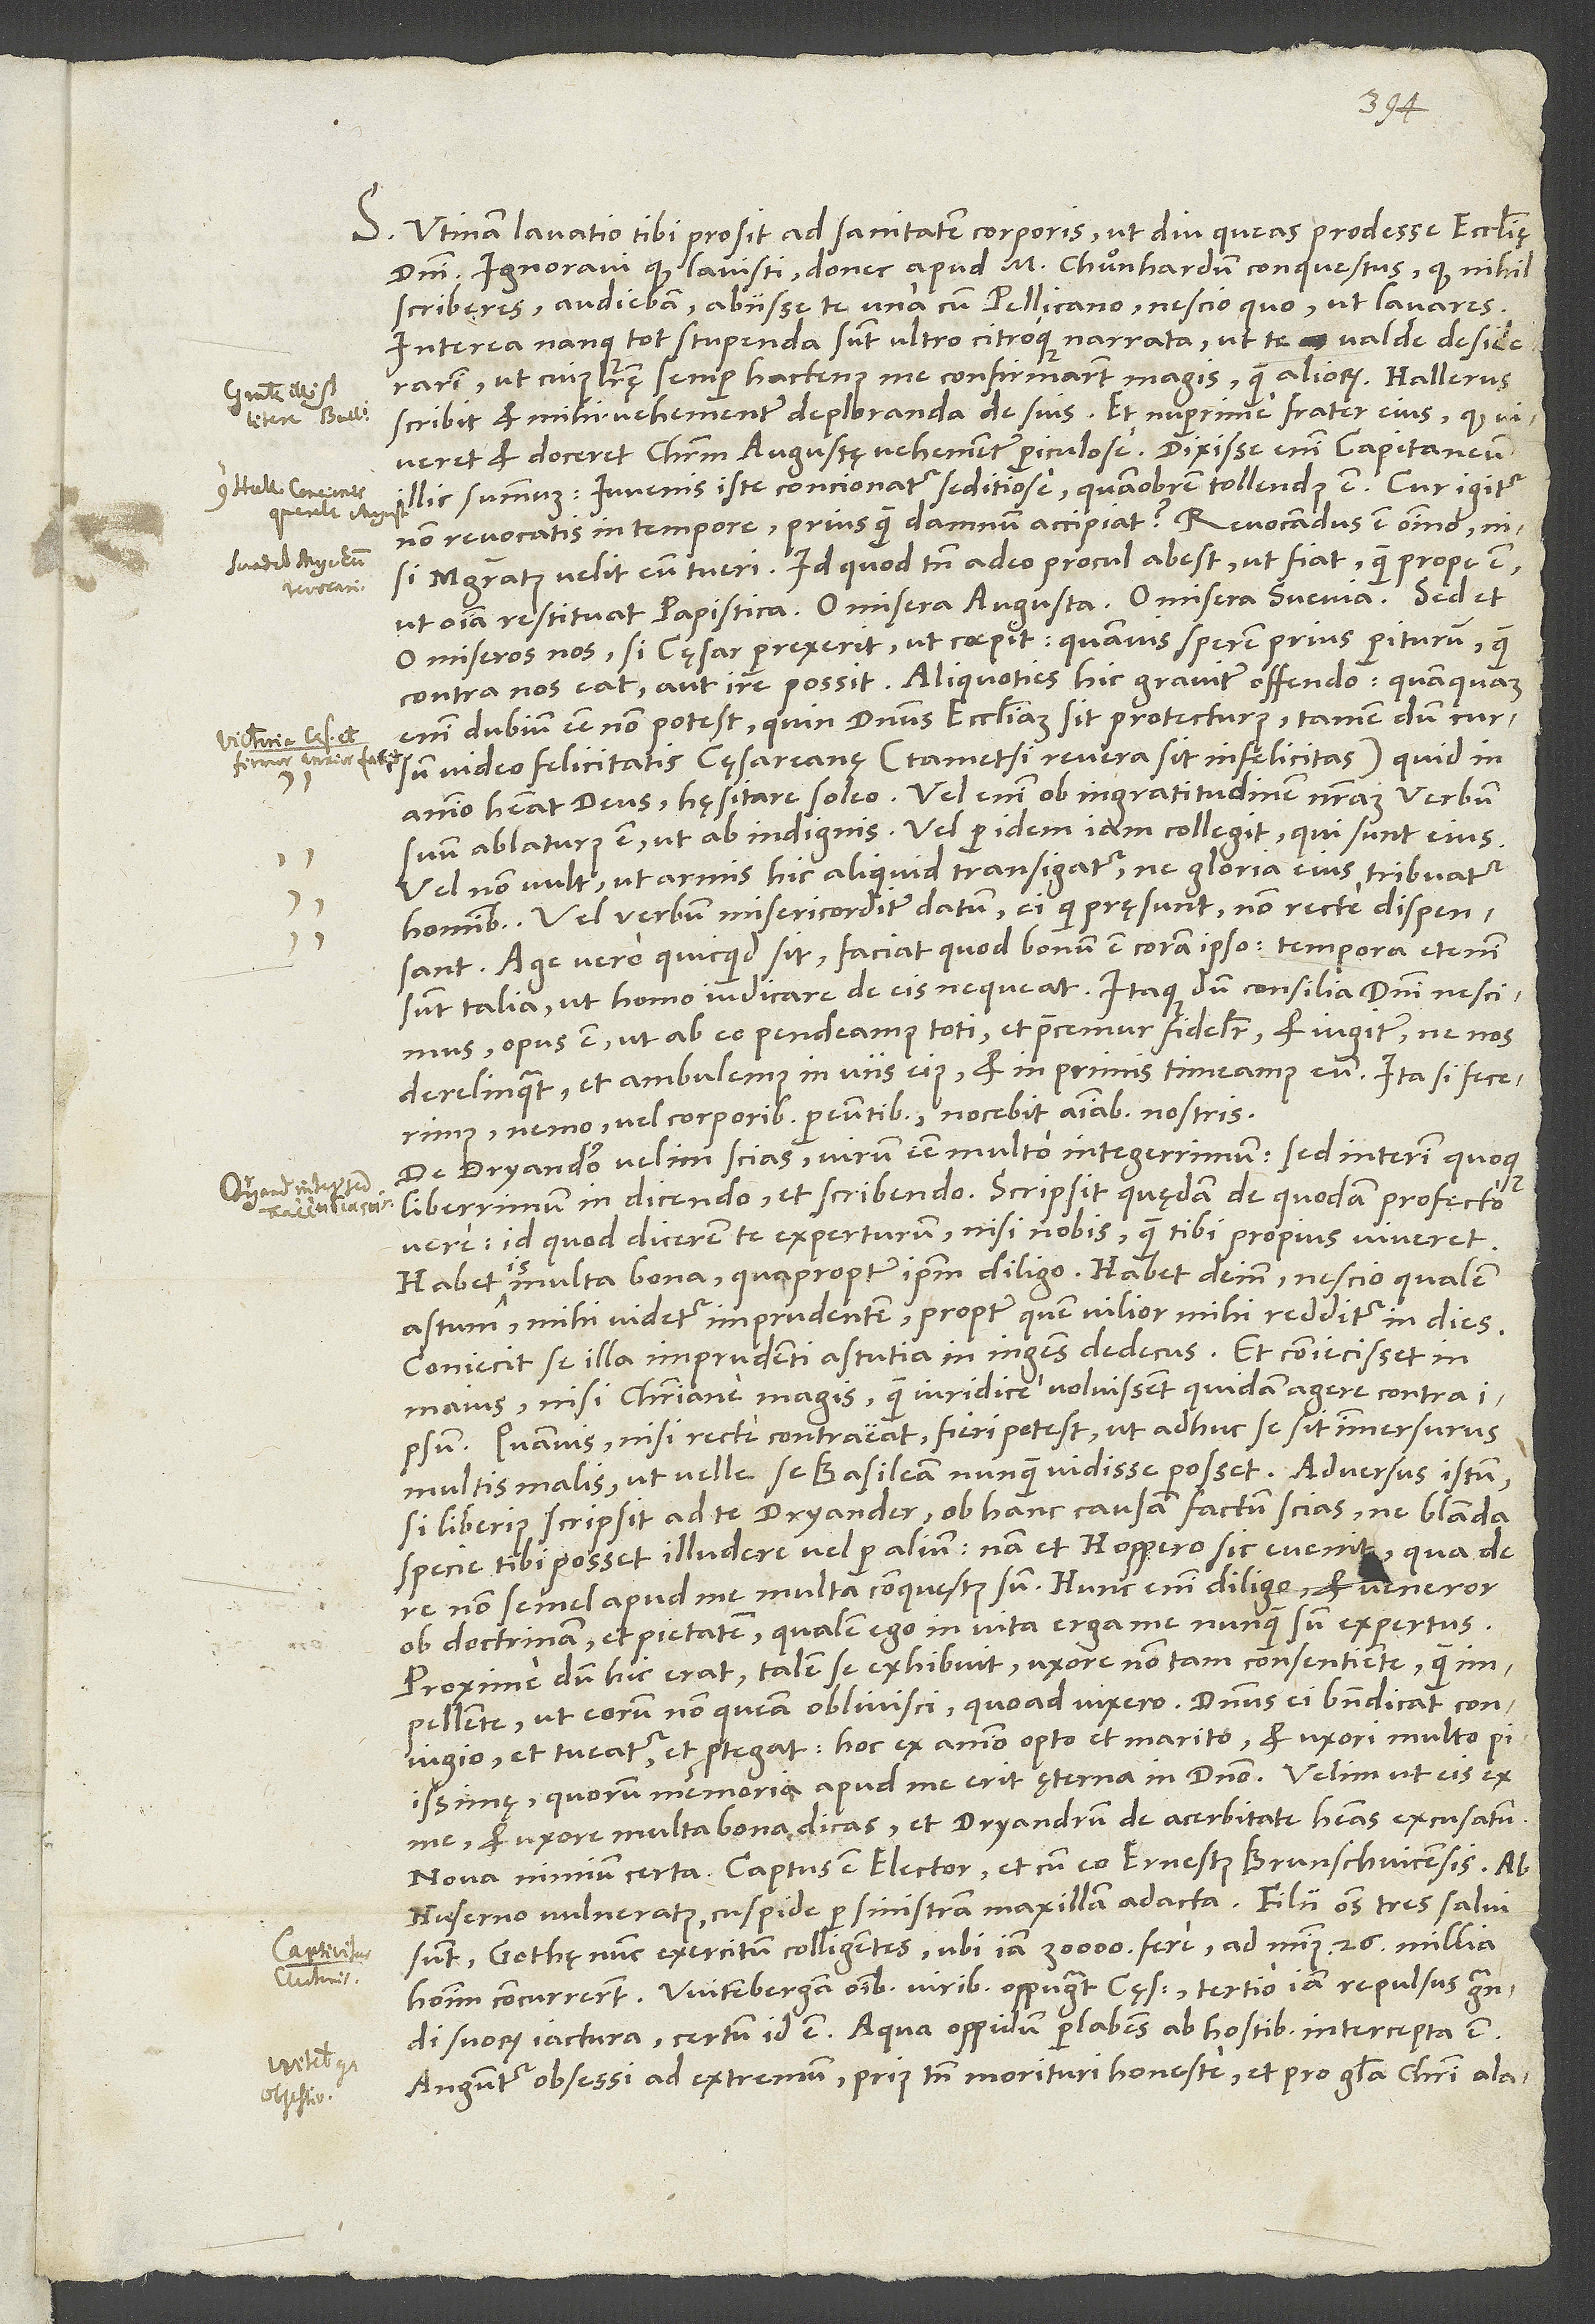
D.

1547.
S. Utinam lavatio tibi prosit ad sanitatem corporis, ut diu queas prodesse ecclesię
domini! Ignoravi, quod lavisti, donec apud m. Chuͦnhardum conquestus, quod nihil
scriberes, audiebam abiisse te una cum Pellicano nescio quo, ut lavares.
Interea nanque tot stupenda sunt ultro citroque narrata, ut te valde desiderarim
ut cuius literę semper hactenus me confirmarunt magis quam aliorum.
scribit et mihi vehementer deploranda de suis, et nuperrime frater eius, quod viveret
et doceret Christum Augustę vehementer periculose. Dixisse enim capitaneum
illic summum: „Iuvenis iste concionatur seditiose, quamobrem tollendus est!“ Cur igitur
non revocatis in tempore, priusquam damnum accipiat? Revocandus est omnino, nisi
magistratus velit eum tueri; id quod tamen adeo procul abest ut fiat, quam prope est,
ut omnia restituat papistica. O misera Augusta! O misera Suevia! Sed et
o miseros nos, si cęsar perrexerit, ut coepit! Quamvis sperem prius periturum, quam
enim dubium esse non potest, quin dominus ecclesiam sit protecturus, tamen dum cursum
video felicitatis cęsareanę (tametsi revera sit infelicitas), quid in
animo habeat deus, hęsitare soleo. Vel enim ob ingratitudinem nostram verbum
suum ablaturus est ut ab indignis, vel per idem iam collegit, qui sunt eius,
vel non vult, ut armis hic aliquid transigatur, ne gloria eius tribuatur
hominibus, vel verbum misericorditer datum ei, qui pręsunt, non recte dispensant.
Age vero, quicquid sit, faciat, quod bonum est coram ipso! Tempora etenim
sunt talia, ut homo iudicare de eis nequeat. Itaque, dum consilia domini nescimus,
opus est, ut ab eo pendeamus toti et precemur fideliter et iugiter, ne nos
derelinquat, et ambulemus in viis eius et inprimis timeamus eum. Ita si fecerimus,
nemo vel corporibus pereuntibus nocebit animabus nostris.
De Dryandro velim scias virum esse multo integerrimum, sed interim quoque
liberrimum in dicendo et scribendo. Scripsit quędam de quodam profecto
vere, id quod dicerem te experturum, nisi nobis quam tibi propius viveret.
Habet is multa bona, quapropter ipsum diligo. Habet deinde nescio qualem
astum (mihi videtur imprudentem), propter quem vilior mihi redditur in dies.
Coniecit se illa imprudenti astutia in ingens dedecus et coniecisset in
maius, nisi christiane magis quam iuridice voluissent quidam agere contra
quamvis, nisi recte contra eat, fieri potest, ut adhuc se sit immersurus
multis malis ut velle se Basileam nunquam vidisse posset. Adversus istum
si liberius scripsit ad te Dryander, ob hanc causam factum scias, ne blanda
specie tibi posset illudere vel per alium. Nam et Hoppero sic evenit; qua de
re non semel apud me multa conquestus sum. Hunc enim diligo et veneror
ob doctrinam et pietatem, qualem ego in vita erga me nunquam sum expertus!
Proxime, dum hic erat, talem se exhibuit uxore non tam consentiente quam
impellente, ut eorum non queam oblivisci, quoad vixero. Dominus ei benedicat coniugio
et tueatur et protegat. Hoc ex animo opto et marito et uxori multo piisimę,
quorum memoria apud me erit ęterna in domino. Velim, ut eis ex
me et uxore multa bona dicas et Dryandrum de acerbitate habeas excusatum.
Nova nimium certa! Captus est elector et cum eo Ernestus Brunschvicensis! Ab
huserno vulneratus cuspide per sinistram maxillam adacta. Filii omnes tres salvi
sunt, Gothę nunc exercitum colligentes, ubi iam 30’000 fere, ad minus 26 millia
suorum iactura. Certum id est. Aqua oppidum perlabens ab hostibus intercepta est.
Anguntur obsessi ad extremum, prius tamen morituri honeste et pro gloria Christi alacriter